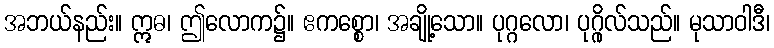
အဘယ်နည်း။ ဣဓ၊ ဤလောက၌။ ဧကစ္စော၊ အချို့သော။ ပုဂ္ဂလော၊ ပုဂ္ဂိုလ်သည်။ မုသာဝါဒီ၊